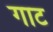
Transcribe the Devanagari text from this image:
गाट